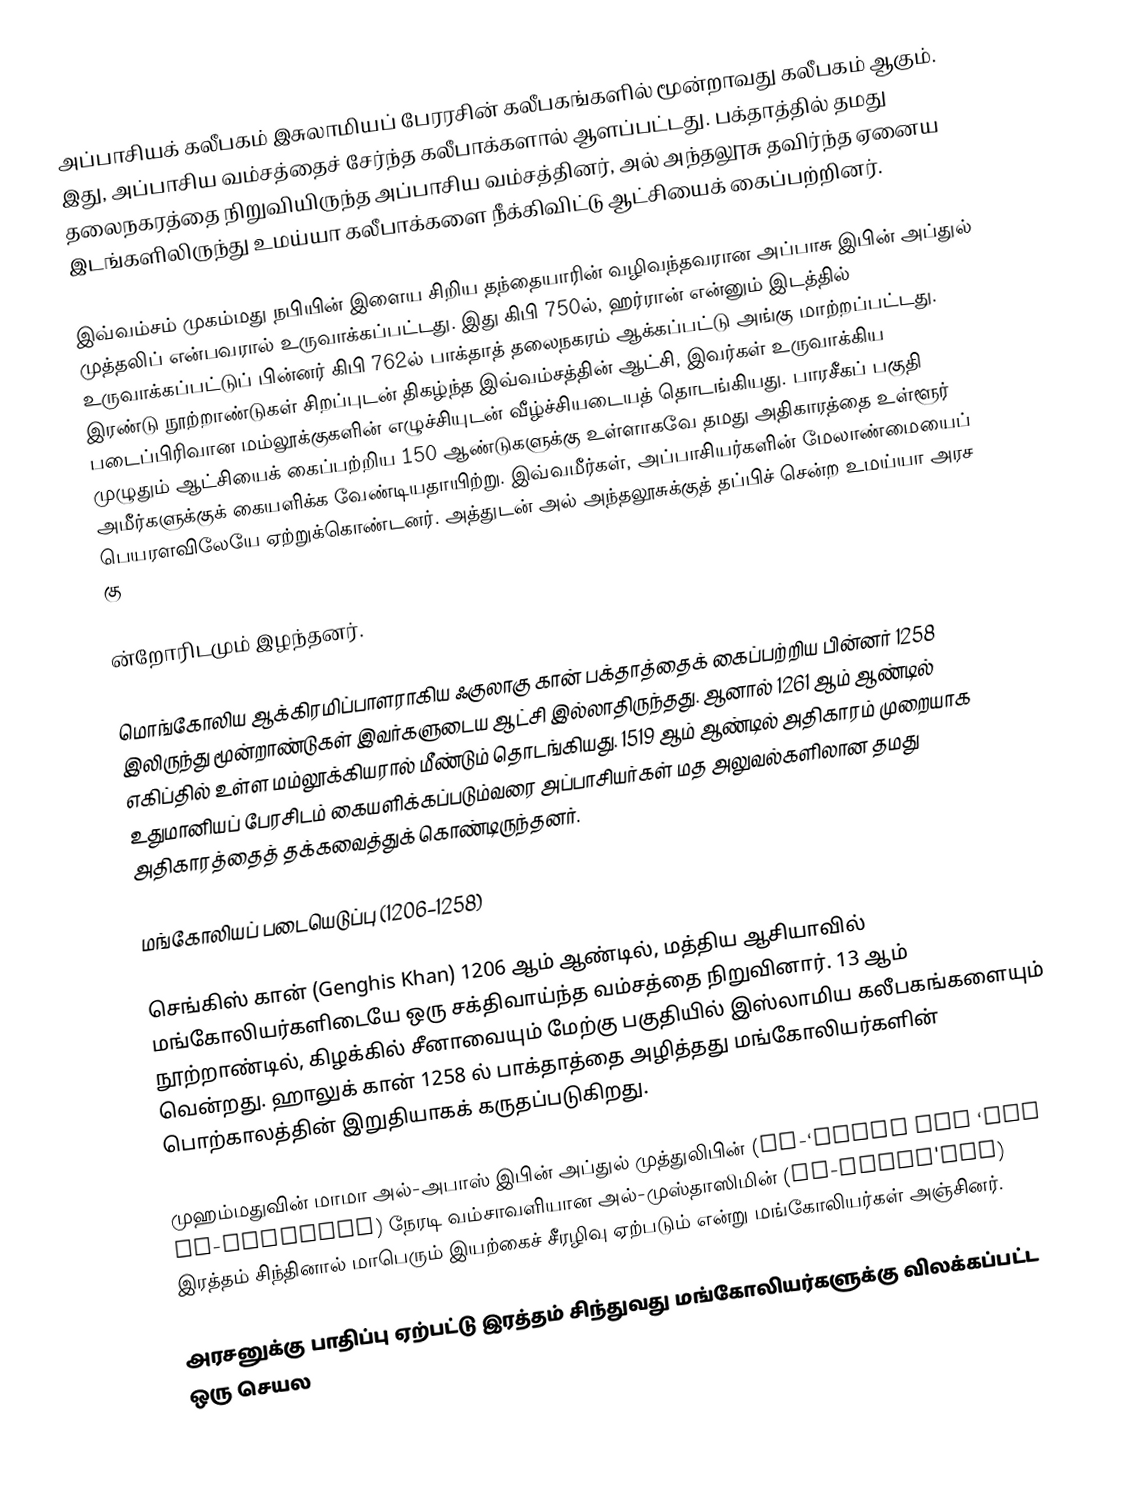
அப்பாசியக் கலீபகம் இசுலாமியப் பேரரசின் கலீபகங்களில் மூன்றாவது கலீபகம் ஆகும். இது, அப்பாசிய வம்சத்தைச் சேர்ந்த கலீபாக்களால் ஆளப்பட்டது. பக்தாத்தில் தமது தலைநகரத்தை நிறுவியிருந்த அப்பாசிய வம்சத்தினர், அல் அந்தலூசு தவிர்ந்த ஏனைய இடங்களிலிருந்து உமய்யா கலீபாக்களை நீக்கிவிட்டு ஆட்சியைக் கைப்பற்றினர்.

இவ்வம்சம் முகம்மது நபியின் இளைய சிறிய தந்தையாரின் வழிவந்தவரான அப்பாசு இபின் அப்துல் முத்தலிப் என்பவரால் உருவாக்கப்பட்டது. இது கிபி 750ல், ஹர்ரான் என்னும் இடத்தில் உருவாக்கப்பட்டுப் பின்னர் கிபி 762ல் பாக்தாத் தலைநகரம் ஆக்கப்பட்டு அங்கு மாற்றப்பட்டது. இரண்டு நூற்றாண்டுகள் சிறப்புடன் திகழ்ந்த இவ்வம்சத்தின் ஆட்சி, இவர்கள் உருவாக்கிய படைப்பிரிவான மம்லூக்குகளின் எழுச்சியுடன் வீழ்ச்சியடையத் தொடங்கியது. பாரசீகப் பகுதி முழுதும் ஆட்சியைக் கைப்பற்றிய 150 ஆண்டுகளுக்கு உள்ளாகவே தமது அதிகாரத்தை உள்ளூர் அமீர்களுக்குக் கையளிக்க வேண்டியதாயிற்று. இவ்வமீர்கள், அப்பாசியர்களின் மேலாண்மையைப் பெயரளவிலேயே ஏற்றுக்கொண்டனர். அத்துடன் அல் அந்தலூசுக்குத் தப்பிச் சென்ற உமய்யா அரச கு

ன்றோரிடமும் இழந்தனர்.

மொங்கோலிய ஆக்கிரமிப்பாளராகிய ஃகுலாகு கான் பக்தாத்தைக் கைப்பற்றிய பின்னர் 1258 இலிருந்து மூன்றாண்டுகள் இவர்களுடைய ஆட்சி இல்லாதிருந்தது. ஆனால் 1261 ஆம் ஆண்டில் எகிப்தில் உள்ள மம்லூக்கியரால் மீண்டும் தொடங்கியது. 1519 ஆம் ஆண்டில் அதிகாரம் முறையாக உதுமானியப் பேரசிடம் கையளிக்கப்படும்வரை அப்பாசியர்கள் மத அலுவல்களிலான தமது அதிகாரத்தைத் தக்கவைத்துக் கொண்டிருந்தனர்.

மங்கோலியப் படையெடுப்பு (1206–1258)

செங்கிஸ் கான் (Genghis Khan) 1206 ஆம் ஆண்டில், மத்திய ஆசியாவில் மங்கோலியர்களிடையே ஒரு சக்திவாய்ந்த வம்சத்தை நிறுவினார். 13 ஆம் நூற்றாண்டில், கிழக்கில் சீனாவையும் மேற்கு பகுதியில் இஸ்லாமிய கலீபகங்களையும் வென்றது. ஹாலுக் கான் 1258 ல் பாக்தாத்தை அழித்தது மங்கோலியர்களின் பொற்காலத்தின் இறுதியாகக் கருதப்படுகிறது.

முஹம்மதுவின் மாமா அல்-அபாஸ் இபின் அப்துல் முத்துலிபின் (Al-‘Abbas ibn ‘Abd al-Muttalib) நேரடி வம்சாவளியான அல்-முஸ்தாஸிமின் (Al-Musta'sim) இரத்தம் சிந்தினால் மாபெரும் இயற்கைச் சீரழிவு ஏற்படும் என்று மங்கோலியர்கள் அஞ்சினர்.

அரசனுக்கு பாதிப்பு ஏற்பட்டு இரத்தம் சிந்துவது மங்கோலியர்களுக்கு விலக்கப்பட்ட ஒரு செயல